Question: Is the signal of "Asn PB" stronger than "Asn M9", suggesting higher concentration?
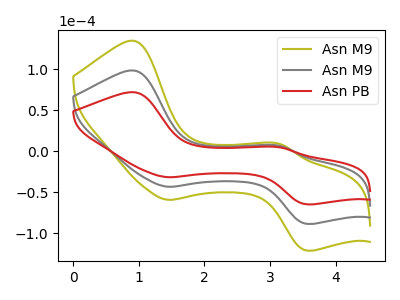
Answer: <think>The olive curve "Asn M9" has anodic peaks at (0.90V, 196.90uA) (3.15V, 13.00uA) and cathodic peaks at (1.45V, -86.55uA) (3.55V, -177.20uA). The gray curve "Asn M9" has anodic peaks at (0.90V, 98.45uA) (3.15V, 6.50uA) and cathodic peaks at (1.45V, -43.25uA) (3.55V, -88.60uA). The red curve "Asn PB" has anodic peaks at (0.90V, 71.95uA) (3.15V, 4.75uA) and cathodic peaks at (1.45V, -31.65uA) (3.55V, -64.80uA).
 All the peaks in "Asn PB" have a peak in "Asn M9" at the same potential. Every peak in "Asn PB" is lower than every peak in "Asn M9".</think>
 <answer>"Asn PB" has less signal than "Asn M9" and so likely has a lower concentration.</answer>
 <eval>less_concentration</eval>